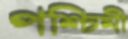
পশ্চিমী